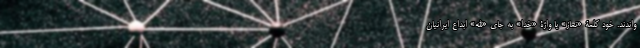
واندند. خود کلمۀ «نماز» یا واژۀ «خدا» به جای «الله» ابداع ایرانیان